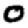
Digit: 0